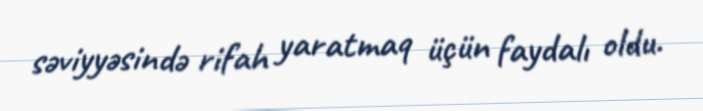
səviyyəsində rifah yaratmaq üçün faydalı oldu.